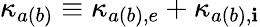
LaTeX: \kappa_{a(b)}\equiv\kappa_{a(b),e}+\kappa_{a(b),\mathbf{i}}